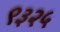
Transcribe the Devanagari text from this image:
९३२५